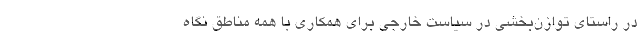
در راستای توازن‌بخشی در سیاست خارجی برای همکاری با همه مناطق نگاه